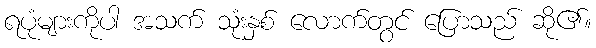
ရပုံများကိုပါ အသက် သုံးနှစ် လောက်တွင် ပြောသည် ဆို၏။